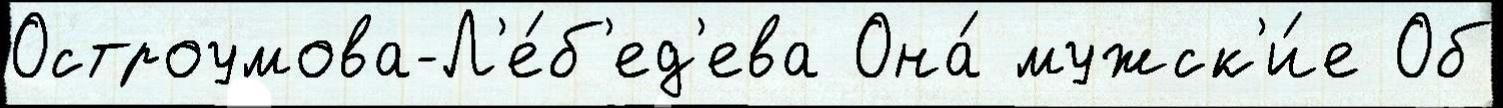
Остроумова-Л'е́б'ед'ева Она́ мужск'и́е Об